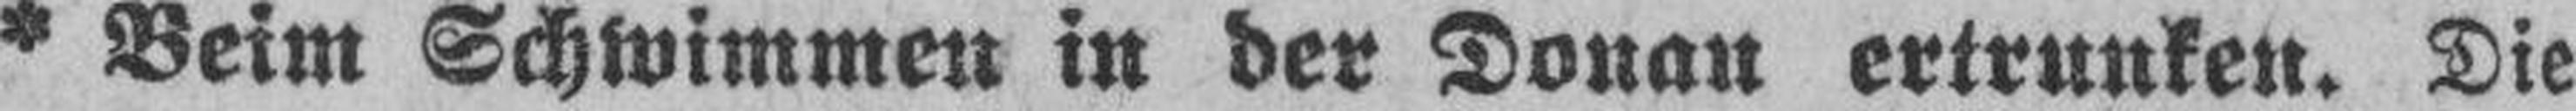
* Beim Schwimmen in der Donau ertrunken. Die